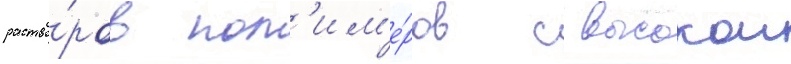
раство́ров пол'им'е́ров с высокои